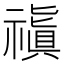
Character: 𥛺